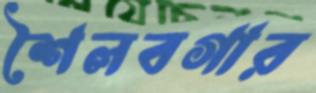
শৈলবগার